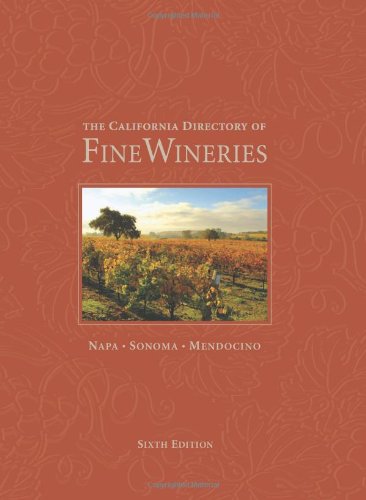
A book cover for The California Directory of Fine Wineries: Napa, Sonoma, Mendocino; K. Reka Badger; Cookbooks, Food & Wine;